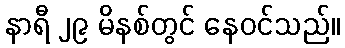
နာရီ ၂၉ မိနစ်တွင် နေဝင်သည်။